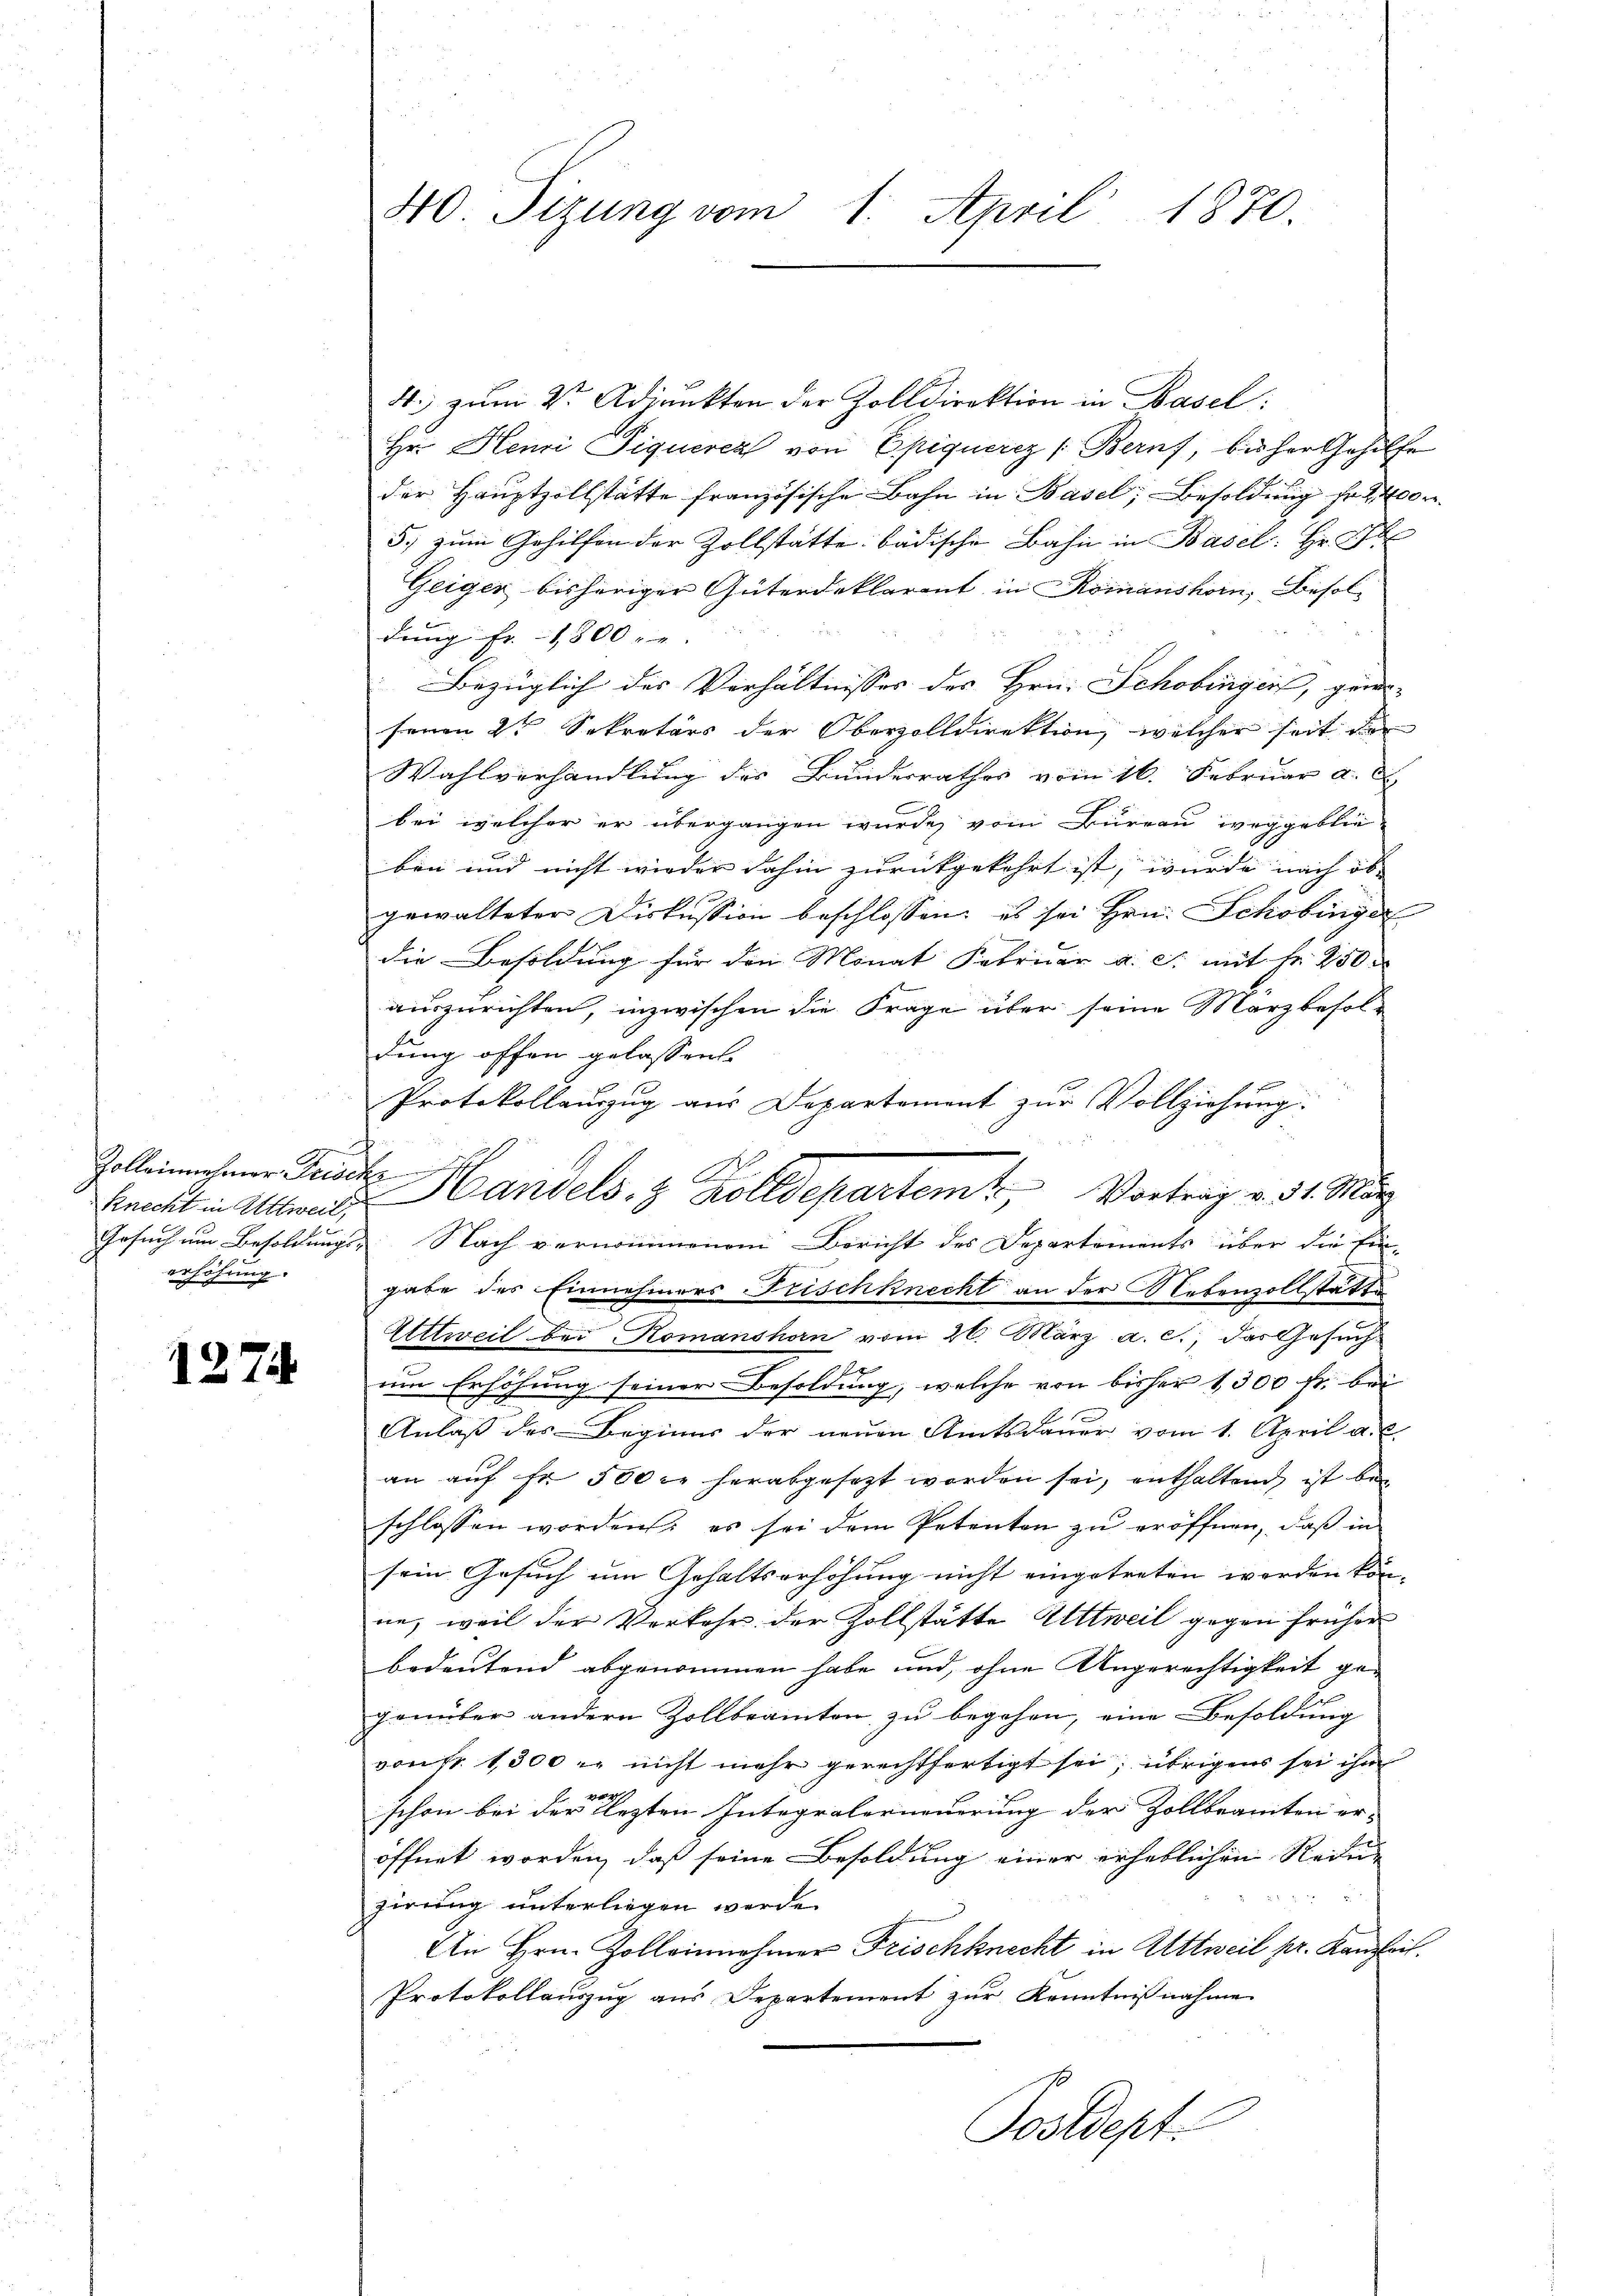
h
Knecht in Altweil,
Gesuch um Besoldungs-
rhöhung.

1274

40. Sizung vom 1. April 1870.

4. zum 2ten Adjunkten der Zolldirektion in Basel:
Hrr. Henri Piquerer von Epiqueriz [Beruf, bis her Gehilfe
der Hauptzollstätte französische Bahn in Basel; - Besoldung fr 200 r.
5. zum Gehilfen der Zollstätte badische Bahn in Basel. Hr. Gl
Geiger bisheriger Güterdeklarent in Romanshorn, Besoldung Fr. 1800 re
Bezüglich des Verhältnisses des Hrn. Schobingen, gewe- |
senen 2t Sekretärs der Oberzolldirektion, welcher seit der
Wahlverhandlung des Bundesrathes vom 16. Februar a. E
bei welcher er übergangen wurde, vom Büreau weggeblie-
ben und nicht wieder dahin zurückgekehrt ist, wurde nach ob-
gewalteter Diskussion beschlossen, es sei Hrn. Schobinger
die Besoldung für den Monat Februar a. c. mit Fr. 250
auszurichten, inzwischen die Frage über seine Marzbefoldung offen gelassen.
Protokollauszug aus Departement zur Vollziehung:
Nach vernommenem Bericht des Departements über die Ein-
gabe des Einnehmers Frischknecht an der Nebenzollstätte
Atttweil bei Komanshorn vom 26. März a. c., das Gesuch
um Erhöhung seiner Besoldung, welche von bisher 1300 fr. bei
Anlaβ des Beginns der neuen Amtsdaŭer vom 1. April a. c.
an auf Fr. 500 c. herabgesetzt worden sei, enthaltend, ist be
schlossen worden, es sei dem Petenten zu eröffnen, daß in
sein Gesuch um Gehaltserhöhung nicht eingetreten werden kön-
ne, weil der Verkehr der Zollstätte Wittweil gegen früher
bedeutend abgenommen habe und ohne Ungerechtigkeit gegenüber andern Zollbeamten zu begehen, eine Besoldung
von fr. 1300 r. nicht mehr gerechtfertigt sei, übrigens sei ihm
ve
schon bei der lezten Integralerneuerung der Zollbeamten er-
öffnet worden, daß seine Besoldung einer erheblichen Reinzirung unterliegen werde.
An Hrn. Zollinnehmer Frischknecht in Attweil pr. Kanzleit.
Protokollauszug aus Departement zŭr Kenntnißnahme
Postdept:

Zollichen Frist Handels. 3 Zolldepartem Vortrag v. 31. März